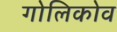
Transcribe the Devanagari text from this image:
गोलिकोव